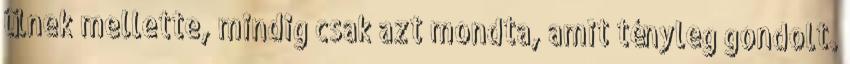
ülnek mellet­te, mindig csak azt mond­ta, amit tényleg gondolt.